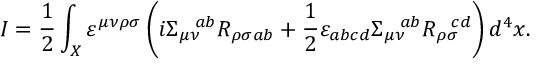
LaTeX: I = \frac { 1 } { 2 } \int _ { X } \varepsilon ^ { \mu \nu \rho \sigma } \left( i \Sigma _ { \mu \nu } ^ { \ \ a b } R _ { \rho \sigma a b } + \frac { 1 } { 2 } \varepsilon _ { a b c d } \Sigma _ { \mu \nu } ^ { \ \ a b } R _ { \rho \sigma } ^ { \ \ c d } \right) d ^ { 4 } x .